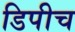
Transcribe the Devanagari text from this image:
डिपीच